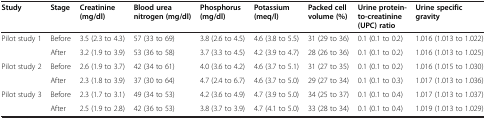
<table><thead><tr><td><b>Study</b></td><td><b>Stage</b></td><td><b>Creatinine (mg/dl)</b></td><td><b>Blood urea nitrogen (mg/dl)</b></td><td><b>Phosphorus (mg/dl)</b></td><td><b>Potassium (meq/l)</b></td><td><b>Packed cell volume (%)</b></td><td><b>Urine protein-to-creatinine (UPC) ratio</b></td><td><b>Urine specific gravity</b></td></tr></thead><tbody><tr><td rowspan="2">Pilot study 1</td><td>Before</td><td>3.5 (2.3 to 4.3)</td><td>57 (33 to 69)</td><td>3.8 (2.6 to 4.5)</td><td>4.6 (3.8 to 5.5)</td><td>31 (29 to 36)</td><td>0.1 (0.1 to 0.2)</td><td>1.016 (1.013 to 1.022)</td></tr><tr><td>After</td><td>3.2 (1.9 to 3.9)</td><td>53 (36 to 58)</td><td>3.7 (3.3 to 4.5)</td><td>4.2 (3.9 to 4.7)</td><td>28 (26 to 36)</td><td>0.1 (0.1 to 0.2)</td><td>1.016 (1.013 to 1.025)</td></tr><tr><td rowspan="2">Pilot study 2</td><td>Before</td><td>2.6 (1.9 to 3.7)</td><td>42 (34 to 61)</td><td>4.0 (3.6 to 4.2)</td><td>4.6 (3.7 to 5.1)</td><td>31 (27 to 35)</td><td>0.1 (0.1 to 0.2)</td><td>1.016 (1.015 to 1.030)</td></tr><tr><td>After</td><td>2.3 (1.8 to 3.9)</td><td>37 (30 to 64)</td><td>4.7 (2.4 to 6.7)</td><td>4.6 (3.7 to 5.0)</td><td>29 (27 to 34)</td><td>0.1 (0.1 to 0.3)</td><td>1.017 (1.013 to 1.036)</td></tr><tr><td>Pilot study 3</td><td>Before</td><td>2.3 (1.7 to 3.1)</td><td>49 (34 to 53)</td><td>4.2 (3.6 to 4.9)</td><td>4.7 (3.9 to 5.0)</td><td>34 (25 to 37)</td><td>0.1 (0.1 to 0.4)</td><td>1.017 (1.013 to 1.037)</td></tr><tr><td> </td><td>After</td><td>2.5 (1.9 to 2.8)</td><td>42 (36 to 53)</td><td>3.8 (3.7 to 3.9)</td><td>4.7 (4.1 to 5.0)</td><td>33 (28 to 34)</td><td>0.1 (0.1 to 0.4)</td><td>1.019 (1.013 to 1.029)</td></tr></tbody></table>